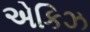
એકિઝ